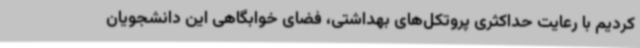
کردیم با رعایت حداکثری پروتکل‌های بهداشتی، فضای خوابگاهی این دانشجویان